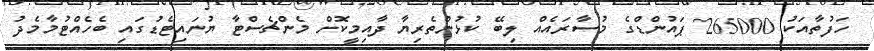
ހަފުތާއަކު 265000 ޕައުންޑްގެ މުސާރައެއް ލިބޭ ކުޅުންތެރިޔާ ދާއިމީކޮށް މެންޗެސްޓާ ޔުނައިޓެޑުގައި ބެހެއްޓުމާމެދު